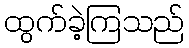
ထွက်ခဲ့ကြသည်